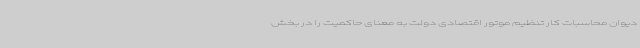
دیوان محاسبات کار تنظیم موتور اقتصادی دولت به معنای حاکمیت را در بخش